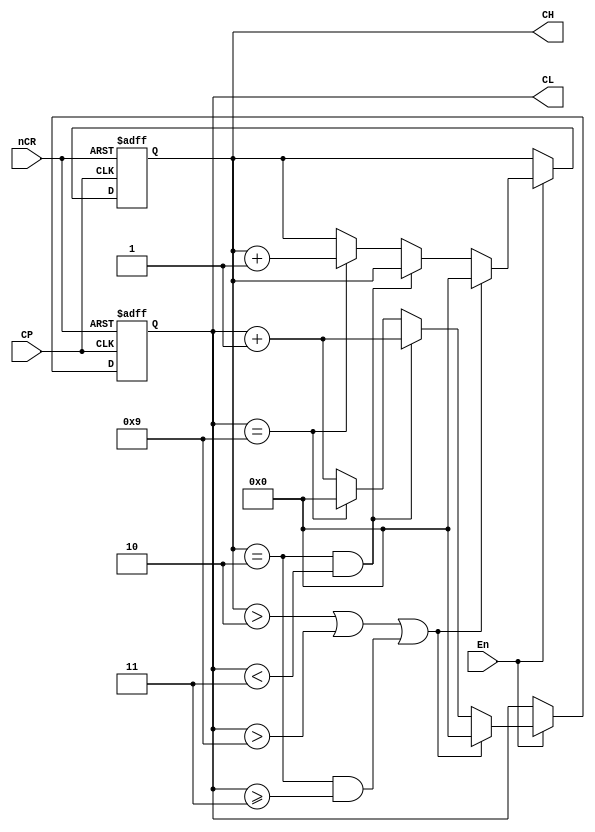
`timescale 1ns / 1ps
//////////////////////////////////////////////////////////////////////////////////
// Company: 
// Engineer: 
// 
// Design Name: 
// Module Name: Counter24
// Project Name: 
// Target Devices: 
// Tool Versions: 
// Description: 
// 
// Dependencies: 
// 
// Revision:
// Revision 0.01 - File Created
// Additional Comments:
// 
//////////////////////////////////////////////////////////////////////////////////


module Counter24(
    input CP,nCR,En,
    output reg [3:0] CH ,CL
    );
    initial 
        begin
            CH <= 4'b0000;
            CL <= 4'b0000;
        end
    always @ (posedge CP or negedge nCR) 
            begin
                if(~nCR) 
                    {CH,CL} <= 8'h00;
                else if(~En) 
                    {CH,CL} <= {CH,CL};
                else if((CH > 4'h2)||(CL > 4'h9)||(CH == 4'h2)&&(CL >= 4'h3)) 
                    {CH,CL} <= 8'h00;
                else if((CH == 4'h2)&&(CL < 4'h3))
                    begin 
                        CH <= CH;
                        CL <= CL + 1'b1; 
                    end
                else if(CL == 4'h9)
                    begin 
                        CH <= CH + 1'b1;
                        CL <= 4'b0000; 
                    end
                else 
                    begin 
                        CH <= CH;
                        CL <= CL + 1'b1; 
                    end
            end
endmodule